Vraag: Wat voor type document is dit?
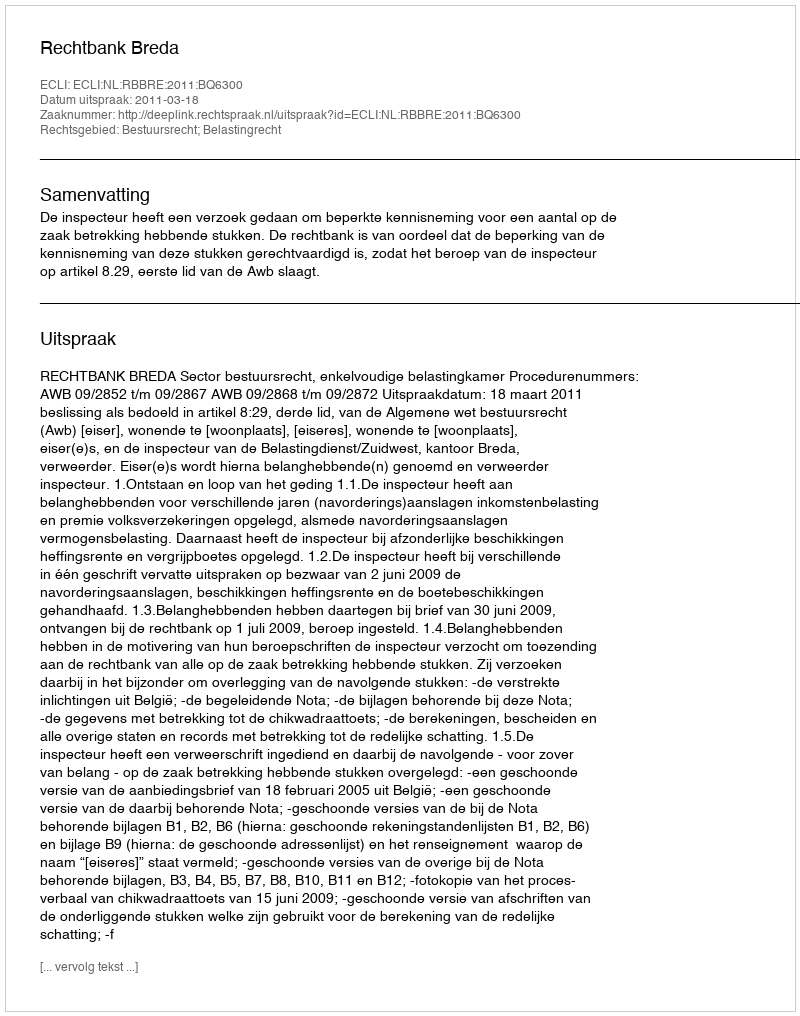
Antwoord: Uitspraak